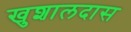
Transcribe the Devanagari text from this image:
खुशालदास